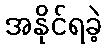
အနိုင်ရခဲ့